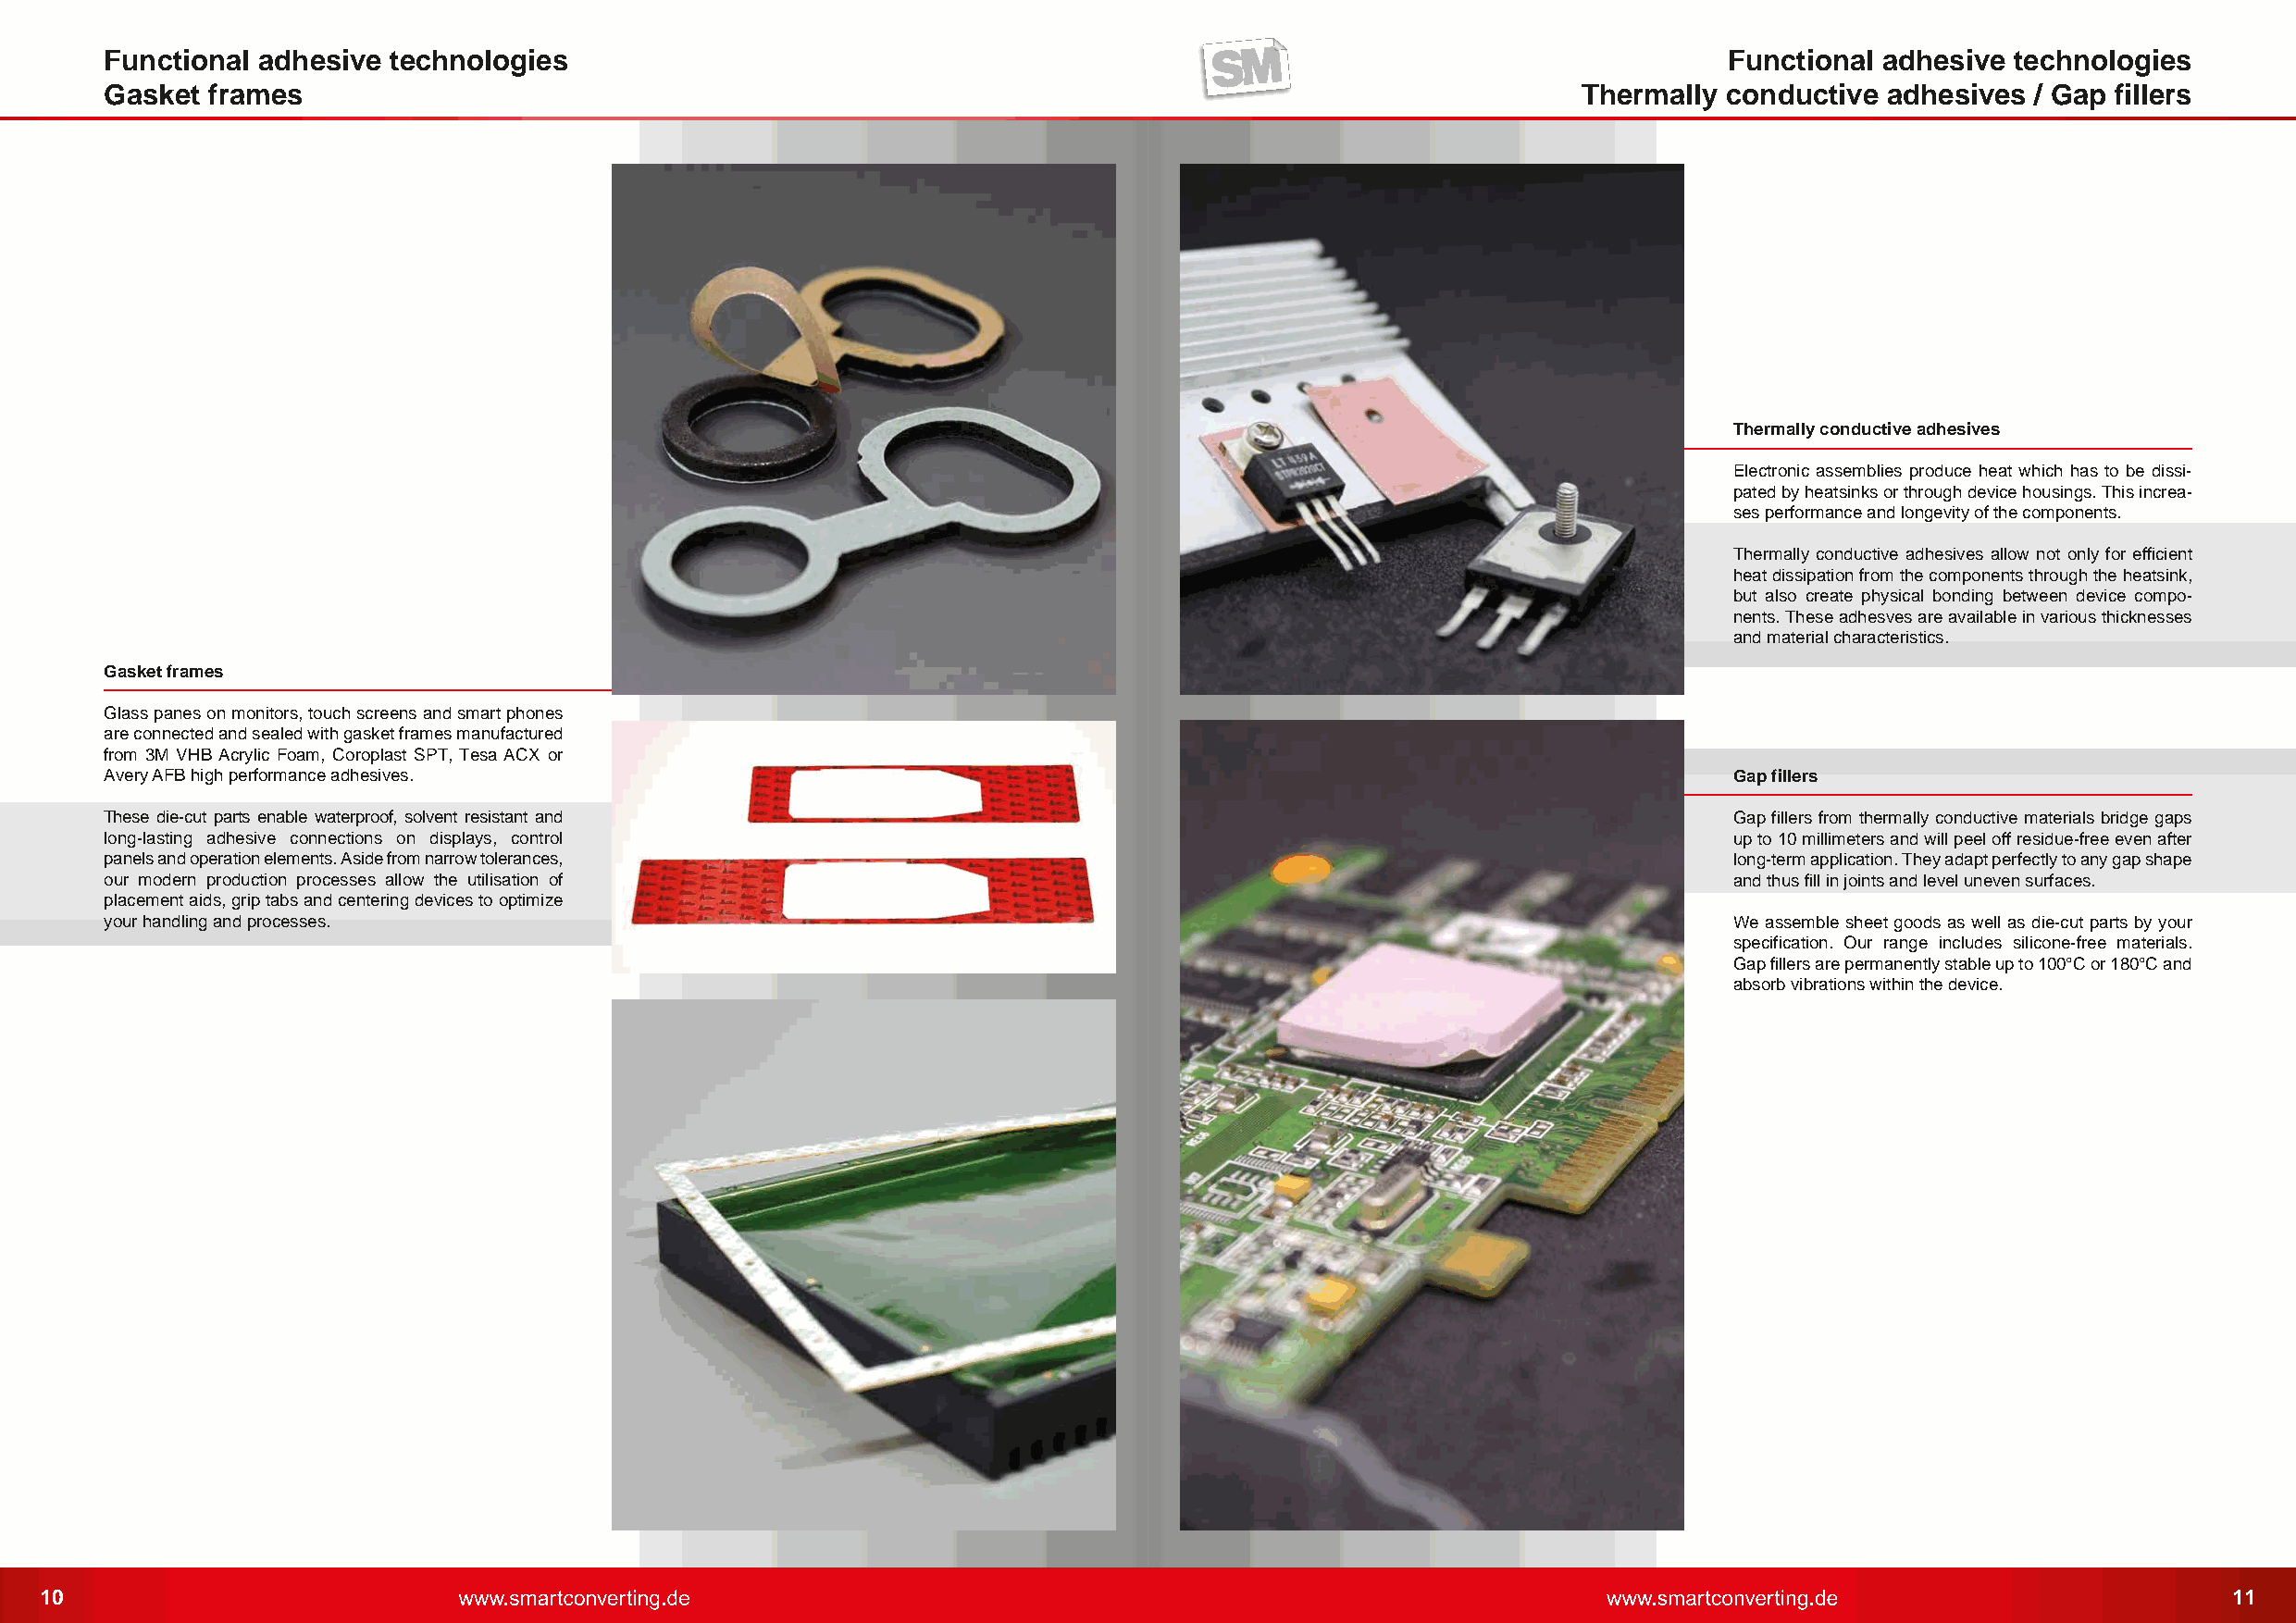
Functional adhesive  technologies                                                                                    Functional adhesive technologies
 Gasket  frames                                                                                            Thermally conductive  adhesives  / Gap fillers
 Thermally conductive adhesives
 Electronic assemblies produce heat which has to be dissi-
 pated by heatsinks or through device housings. This increa-
 ses performance and longevity of the components.
 Thermally conductive adhesives allow not only for efficient
 heat dissipation from the components through the heatsink,
 but also create physical bonding between device compo-
 nents. These adhesves are available in various thicknesses
 and material characteristics.
 Gasket frames
 Glass panes on monitors, touch screens and smart phones
 are connected and sealed with gasket frames manufactured
 from 3M VHB Acrylic Foam, Coroplast SPT, Tesa ACX or
 Avery AFB high performance adhesives.                                                                                Gap fillers
 These die-cut parts enable waterproof, solvent resistant and                                                         Gap fillers from thermally conductive materials bridge gaps
 long-lasting adhesive connections on displays, control                                                               up to 10 millimeters and will peel off residue-free even after
 panels and operation elements. Aside from narrow tolerances,                                                         long-term application. They adapt perfectly to any gap shape
 our modern production processes allow the utilisation of                                                             and thus fill in joints and level uneven surfaces.
 placement aids, grip tabs and centering devices to optimize
 your handling and processes.                                                                                         We assemble sheet goods as well as die-cut parts by your
 specification. Our range includes silicone-free materials.
 Gap fillers are permanently stable up to 100°C or 180°C and
 absorb vibrations within the device.
 10                                                                                                                                                           11